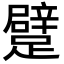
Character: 躄